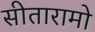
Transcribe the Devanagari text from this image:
सीतारामो